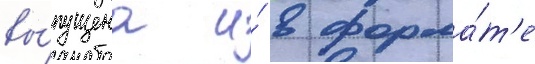
вы́пущена и́ в форма́т'е